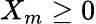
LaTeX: X_{m}\geq 0